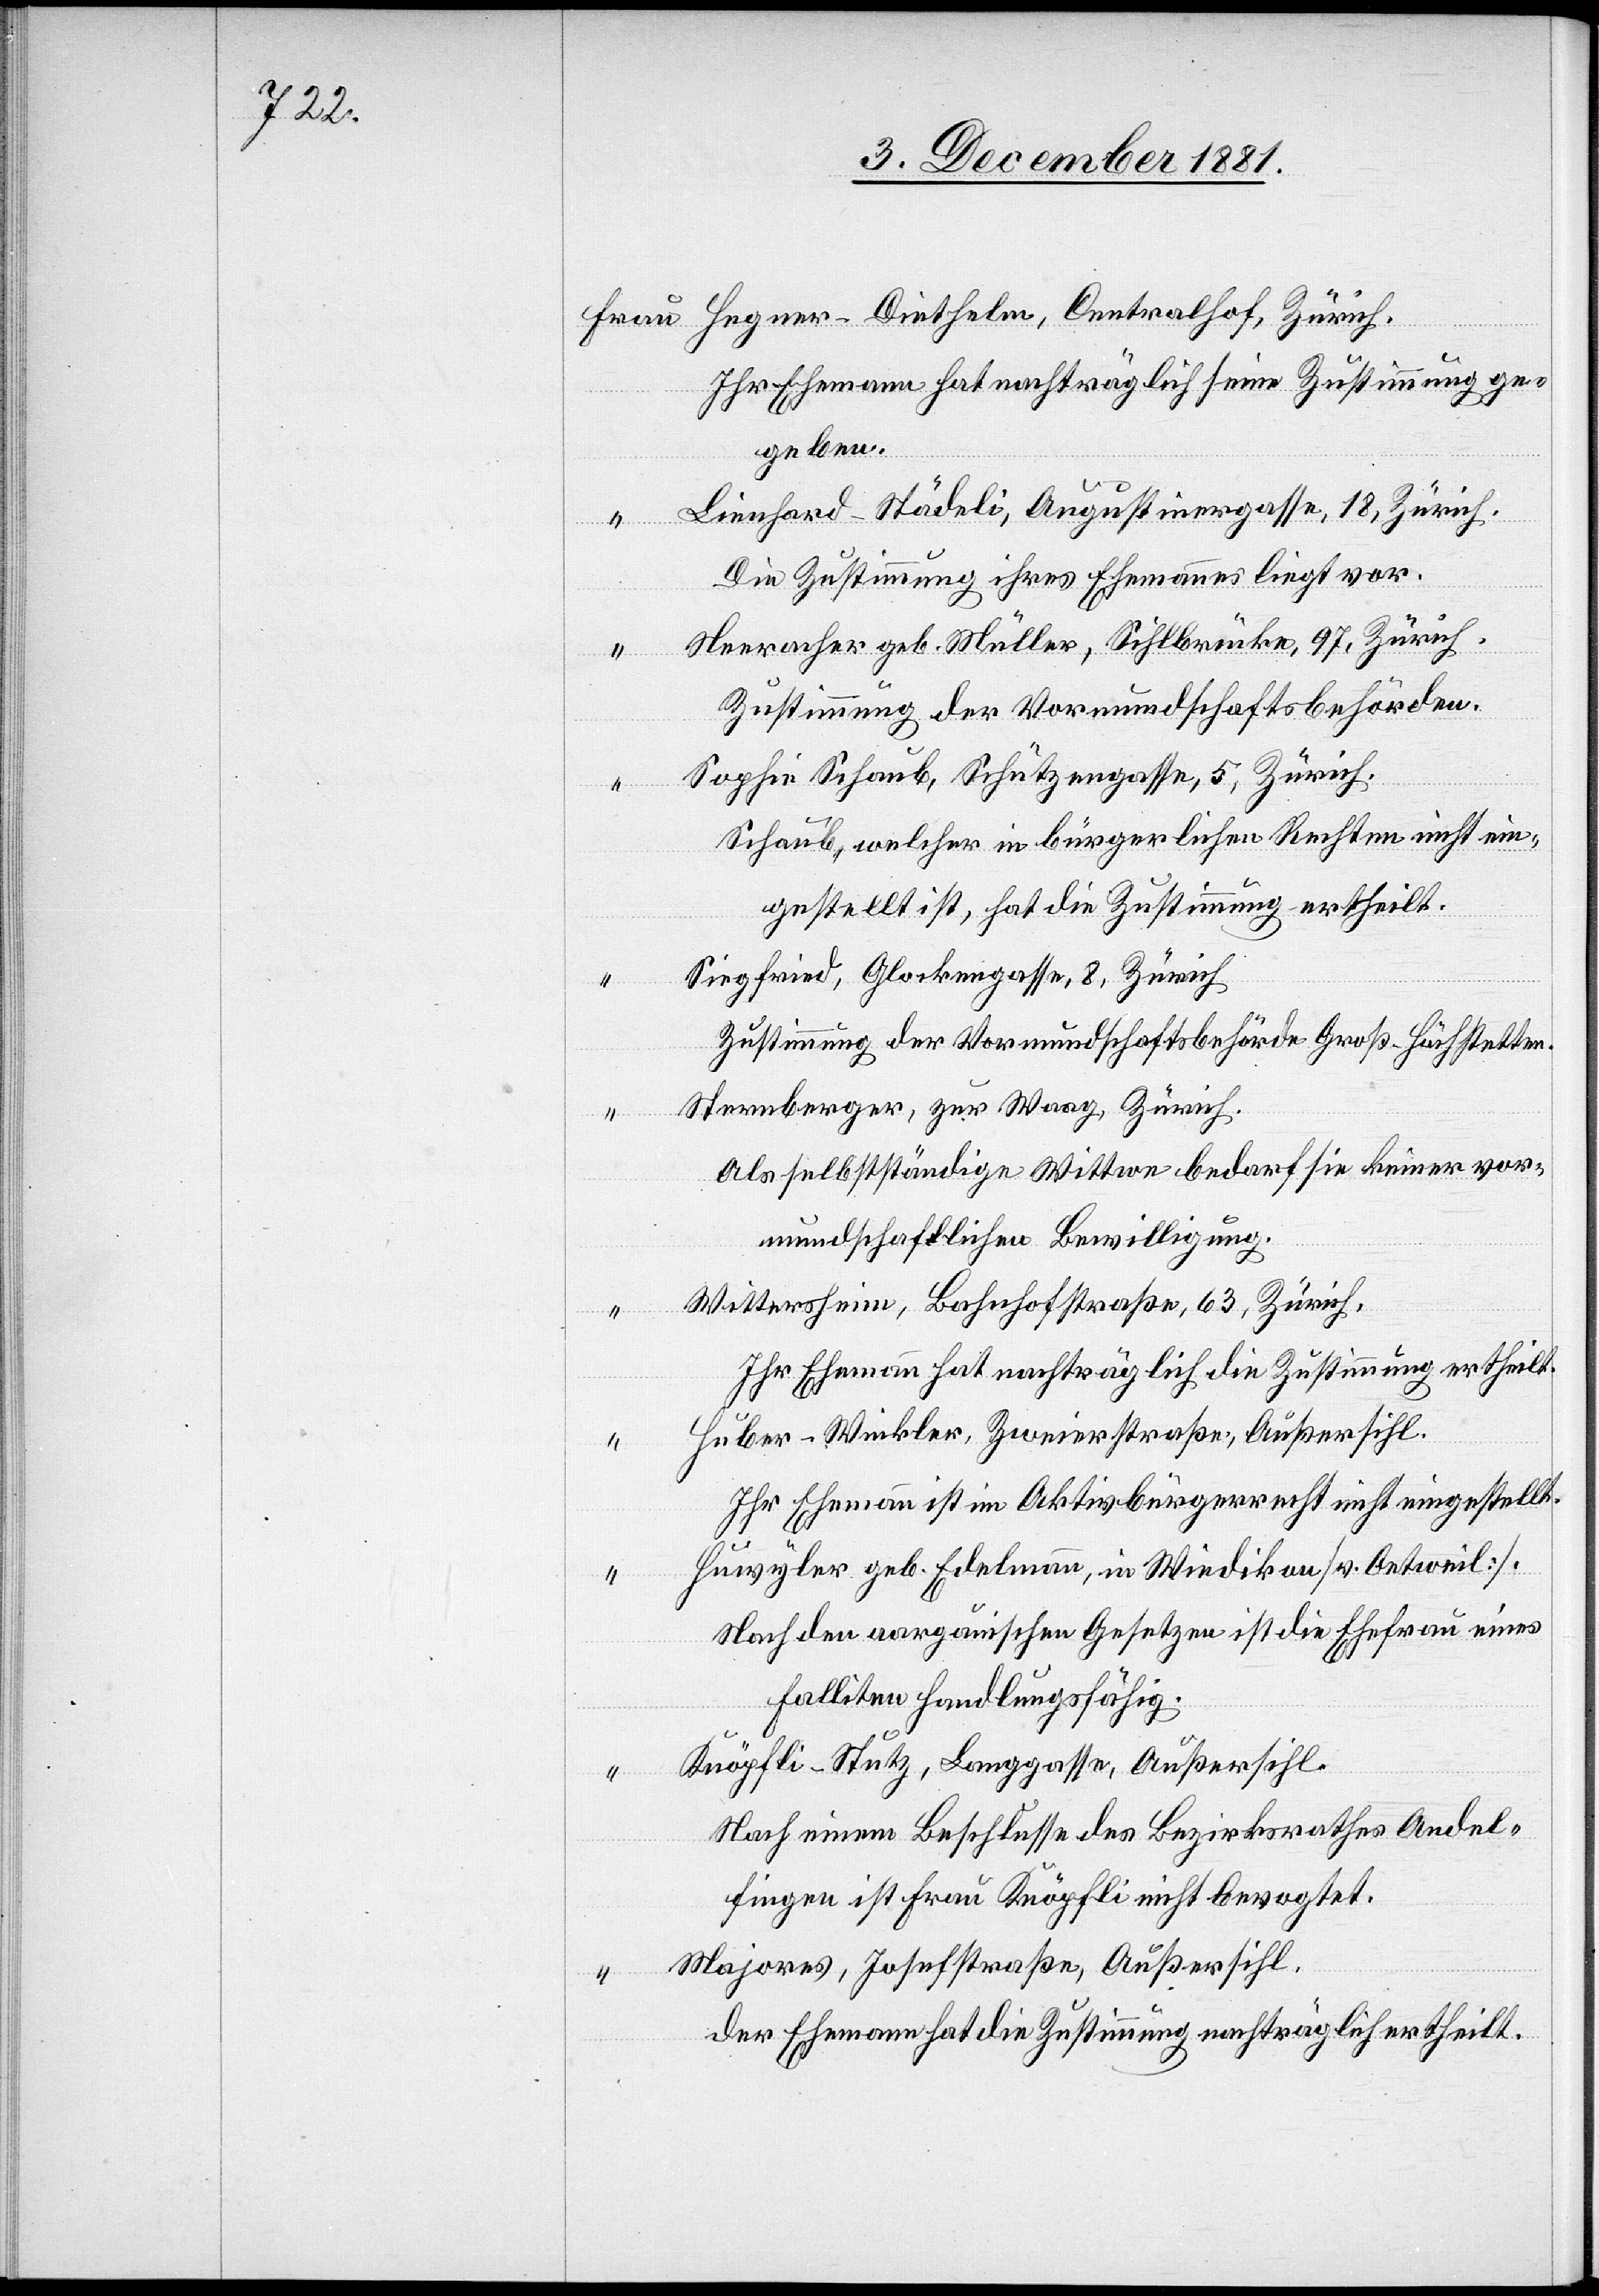
Hegner-Diethelm, Centralhof, Zürich.
Ihr Ehemann hat nachträglich seine Zustimmung ge¬
geben.
Lienhard-Städeli, Augustinergasse, 18, Zürich.
Die Zustimmung ihres Ehemanns liegt vor.
Neeracher geb. Müller, Sihlbrücke, 97, Zürich.
Zustimmung der Vormundschaftsbehörden.
Sophie Schaub, Schützengasse, 5, Zürich.
Schaub, welcher in bürgerlichen Rechten nicht ein¬
gestellt ist, hat die Zustimmung ertheilt.
Siegfried, Glockengasse, 8, Zürich
Zustimmung der Vormundschaftsbehörde Groß-Höchstetten.
Sternberger, zur Waag, Zürich.
Als selbstständige Wittwe bedarf sie keiner vor¬
mundschaftlichen Bewilligung.
Wittersheim, Bahnhofstraße, 63, Zürich.
Ihr Ehemann hat nachträglich die Zustimmung erhteilt.
Huber-Winkler, Zweierstraße, Außersihl.
Ihr Ehemann ist im Aktivbürgerrecht nicht eingestellt.
Huwyler geb. Edelmann, in Wiedikon [v. Oetweil].
Nach den aargauischen Gesetzen ist die Ehefrau eines
Falliten handlungsfähig.
Knöpfli-Stutz, Langgasse, Außersihl.
Nach einem Beschlusse des Bezirksrathes Andel¬
fingen ist Frau Knöpfli nicht bevogtet.
Majores, Josefstraße, Außersihl.
Der Ehemann hat die Zustimmung nachträglich ertheilt.